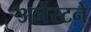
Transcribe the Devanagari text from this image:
अर्नेस्टने